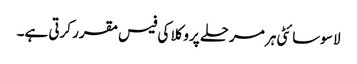
لا سوسائٹی ہر مرحلے پر وکلا کی فیس مقرر کرتی ہے۔